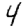
Digit: 4